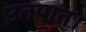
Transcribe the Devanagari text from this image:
उतपात।